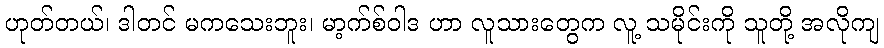
ဟုတ်တယ်၊ ဒါတင် မကသေးဘူး၊ မာ့က်စ်ဝါဒ ဟာ လူသားတွေက လူ့ သမိုင်းကို သူတို့ အလိုကျ